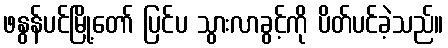
ဖနွန်ပင်မြို့တော် ပြင်ပ သွားလာခွင့်ကို ပိတ်ပင်ခဲ့သည်။